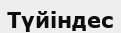
Түйіндес